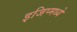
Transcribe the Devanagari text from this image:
इजिप्मध्ये